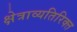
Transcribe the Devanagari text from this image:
क्षेत्राव्यतिरिक्त